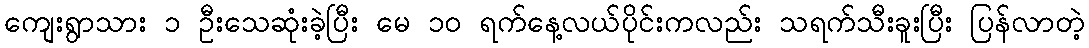
ကျေးရွာသား ၁ ဦးသေဆုံးခဲ့ပြီး မေ ၁၀ ရက်နေ့လယ်ပိုင်းကလည်း သရက်သီးခူးပြီး ပြန်လာတဲ့